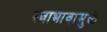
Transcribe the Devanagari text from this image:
स्वाभावामुळे